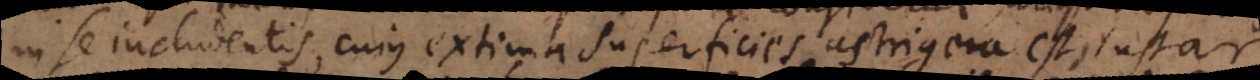
in se includentis, cujus extima superficies astrigera est, instar